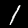
Digit: 1